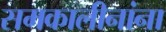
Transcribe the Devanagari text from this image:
समकालीनांना